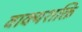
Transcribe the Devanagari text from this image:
वाक्यशक्ति